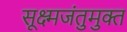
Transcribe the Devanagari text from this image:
सूक्ष्मजंतुमुक्त